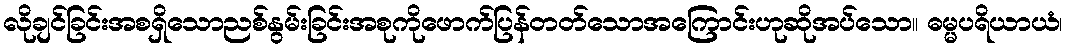
လိုချင်ခြင်းအစရှိသောညစ်နွမ်းခြင်းအစုကိုဖောက်ပြန်တတ်သောအကြောင်းဟုဆိုအပ်သော။ ဓမ္မပရိယာယံ၊